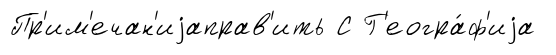
Пр'им'ечан'иjаправ'ить С Г'еогра́ф'иjа